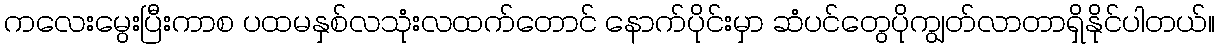
ကလေးမွေးပြီးကာစ ပထမနှစ်လသုံးလထက်တောင် နောက်ပိုင်းမှာ ဆံပင်တွေပိုကျွတ်လာတာရှိနိုင်ပါတယ်။